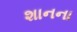
શાનના